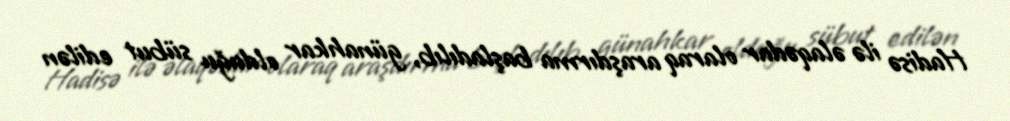
Hadisə ilə əlaqədar olaraq araşdırma başladılıb, günahkar olduğu sübut edilən